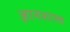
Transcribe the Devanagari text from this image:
ज्ञानशास्त्र